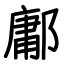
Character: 鄘